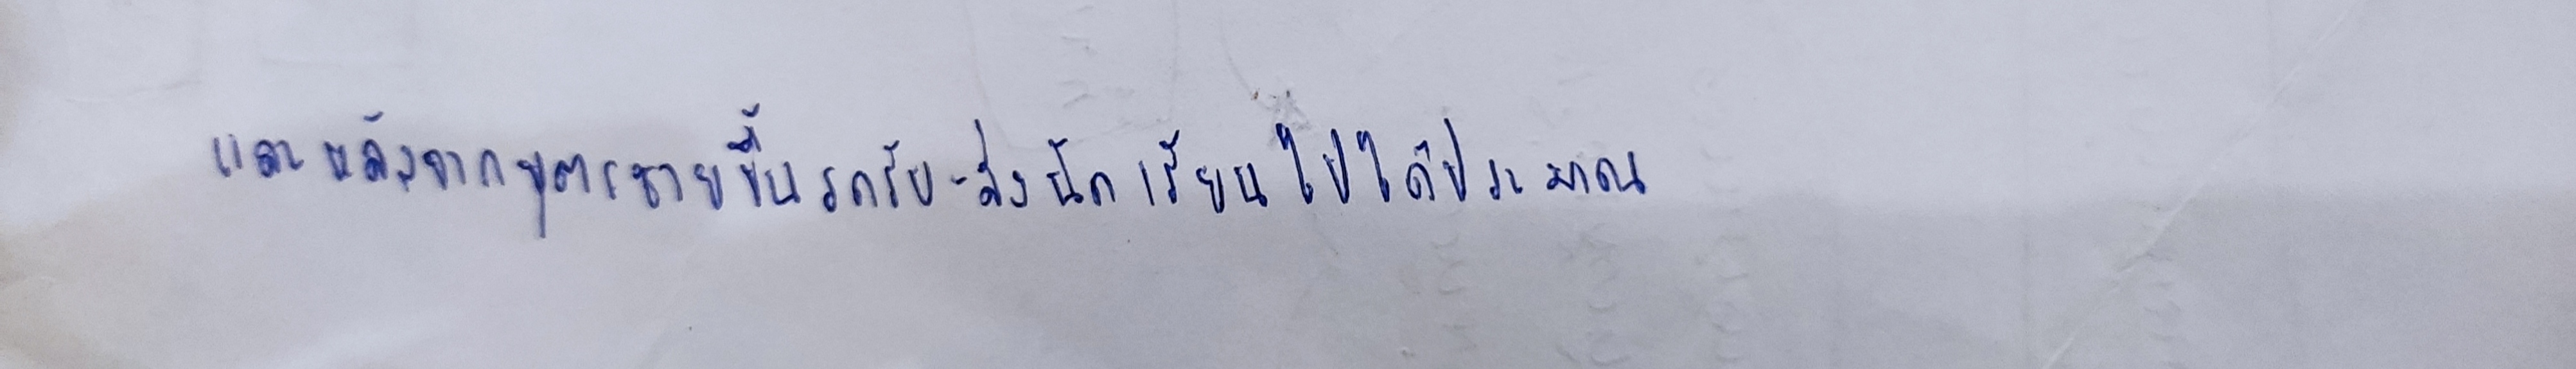
และหลังจากบุตรชายขึ้นรถรับ-ส่งนักเรียนไปได้ประมาณ